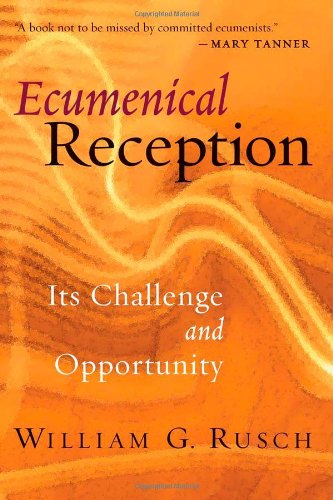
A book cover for Ecumenical Reception: Its Challenge and Opportunity; William G. Rusch; Christian Books & Bibles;